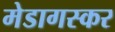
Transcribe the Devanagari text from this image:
मेडागस्कर